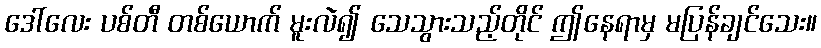
ဒေါ်လေး ပစ်တီ တစ်ယောက် မူးလဲ၍ သေသွားသည့်တိုင် ဤနေရာမှ မပြန်ချင်သေး။